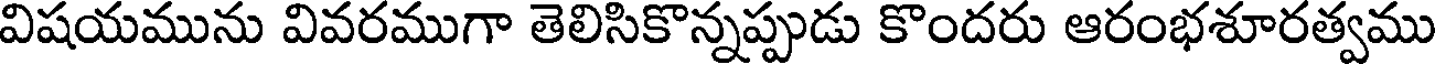
విషయమును వివరముగా తెలిసికొన్నప్పుడు కొందరు ఆరంభశూరత్వము